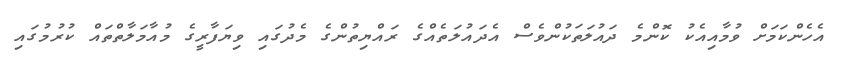
އެހެންކަމަށް ވުމާއިއެކު ކޮންމެ ދައުލަތަކުންވެސް އެދައުލަތެއްގެ ރައްޔިތުންގެ މެދުގައި ވިޔަފާރީގެ މުއާމަލާތްތައް ކުރުމުގައި